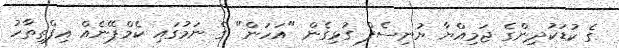
ގެ ކުޑަކުދިންގެ ޖަމިއްޔާ ޔުނިސެފް ގުޅިގެން "އަހަން" ގެ ނަމުގައި ކެމްޕޭނެއް އިފްތިތާހު